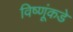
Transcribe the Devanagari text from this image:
विष्णूंकडे